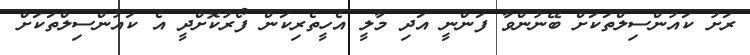
ރަށު ކައުންސިލްތަކަށް ބޭނުންވާ ފަންނީ އަދި މާލީ އެހީތެރިކަން ފޯރުކޮށްދީ އެ ކައުންސިލްތަކަށް